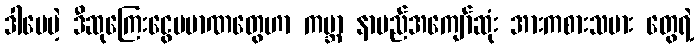
ဒါပေမဲ့ ဒီဆုကြေးငွေပမာဏတွေဟာ ကမ္ဘာ့ နာမည်အကျော်ဆုံး အားကစားသမား တွေရဲ့